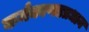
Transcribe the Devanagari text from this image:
कर्मकाणडप्रधान